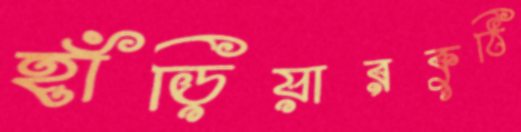
হাঁড়িয়ারকুঠি